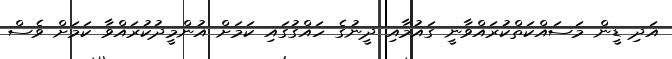
އަދި ޑީން މަސައްކަތްކުރައްވާނީ ގައުމާއި ދީނުގެ ހައްގުގައި ކަމަށް އުންމީދުކުރައްވާ ކަމަށް ވެސް